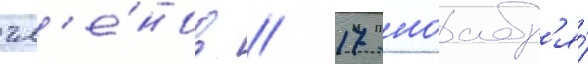
чл'е́нов // 17 ноабр'я́